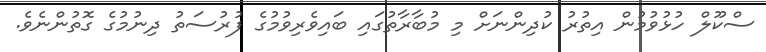
ސްކޫލް ހުޅުވުމުން އިތުރު ކުދިންނަށް މި މުބާރާތުގައި ބައިވެރިވުމުގެ ފުރުސަތު ދިނުމުގެ ގޮތުންނެވެ.